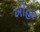
ખીહર